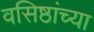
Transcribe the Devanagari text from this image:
वसिष्ठांच्या